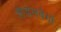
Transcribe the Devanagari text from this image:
शैडलबैगों